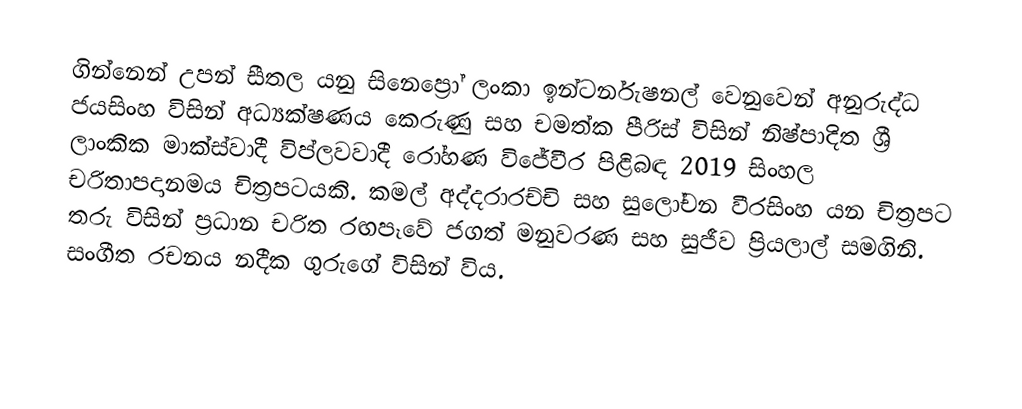
ගින්නෙන් උපන් සීතල යනු සිනෙප්‍රෝ  ලංකා ඉන්ටර්නැෂනල් වෙනුවෙන් අනුරුද්ධ ජයසිංහ විසින් අධ්‍යක්ෂණය කෙරුණු සහ චමත්ක පීරිස් විසින් නිෂ්පාදිත ශ්‍රී ලාංකික මාක්ස්වාදී විප්ලවවාදී රෝහණ විජේවීර පිළිබඳ 2019 සිංහල  චරිතාපදානමය චිත්‍රපටයකි. කමල් අද්දරාරච්චි සහ සුලෝචන වීරසිංහ යන චිත්‍රපට තරු විසින් ප්‍රධාන චරිත රඟපෑවේ ජගත් මනුවරණ සහ සුජීව ප්‍රියලාල් සමගිනි. සංගීත රචනය නදීක ගුරුගේ විසින් විය.